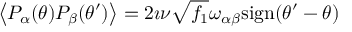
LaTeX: \left\langle P _ { \alpha } ( \theta ) P _ { \beta } ( \theta ^ { \prime } ) \right\rangle = 2 \imath \nu \sqrt { f _ { 1 } } \omega _ { \alpha \beta } \mathrm { s i g n } ( \theta ^ { \prime } - \theta )